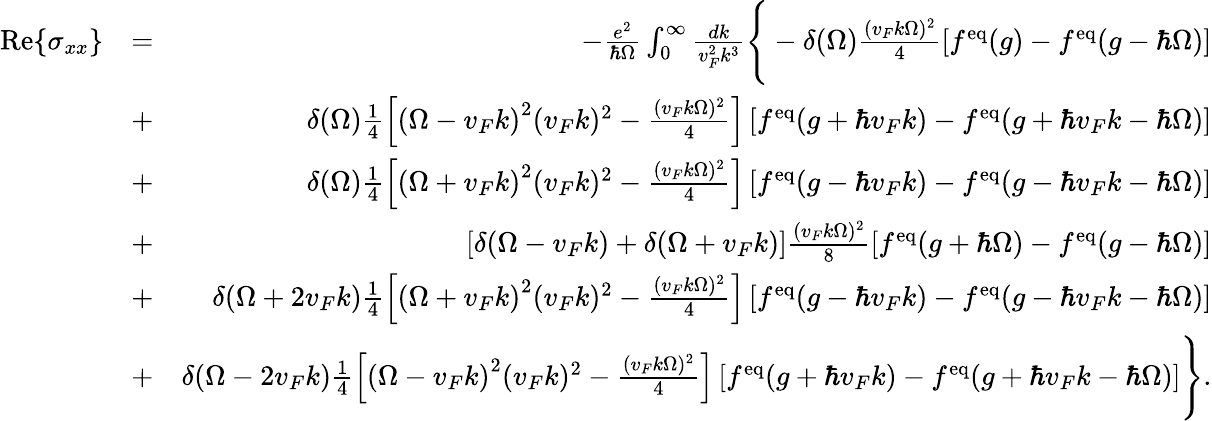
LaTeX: \begin{array}{rlr}{\mathrm{Re}{\left\{ \sigma_{xx}\right\} }}&{=}&{-\frac{e^{2}}{\hbar\Omega}\int_{0}^{\infty}\frac{dk}{v_{F}^{2}k^{3}}\Bigg\{ -\delta(\Omega)\frac{(v_{F}k\Omega)^{2}}{4}\left[f^{\mathrm{eq}}(g)-f^{\mathrm{eq}}(g-\hbar\Omega)\right]}\\ &{+}&{\delta(\Omega)\frac{1}{4}\left[\left(\Omega-v_{F}k\right)^{2}(v_{F}k)^{2}-\frac{(v_{F}k\Omega)^{2}}{4}\right]\left[f^{\mathrm{eq}}(g+\hbar v_{F}k)-f^{\mathrm{eq}}(g+\hbar v_{F}k-\hbar\Omega)\right]}\\ &{+}&{\delta(\Omega)\frac{1}{4}\left[\left(\Omega+v_{F}k\right)^{2}(v_{F}k)^{2}-\frac{(v_{F}k\Omega)^{2}}{4}\right]\left[f^{\mathrm{eq}}(g-\hbar v_{F}k)-f^{\mathrm{eq}}(g-\hbar v_{F}k-\hbar\Omega)\right]}\\ &{+}&{\left[\delta(\Omega-v_{F}k)+\delta(\Omega+v_{F}k)\right]\frac{(v_{F}k\Omega)^{2}}{8}\left[f^{\mathrm{eq}}(g+\hbar\Omega)-f^{\mathrm{eq}}(g-\hbar\Omega)\right]}\\ &{+}&{\delta(\Omega+2v_{F}k)\frac{1}{4}\left[\left(\Omega+v_{F}k\right)^{2}(v_{F}k)^{2}-\frac{(v_{F}k\Omega)^{2}}{4}\right]\left[f^{\mathrm{eq}}(g-\hbar v_{F}k)-f^{\mathrm{eq}}(g-\hbar v_{F}k-\hbar\Omega)\right]}\\ &{+}&{\delta(\Omega-2v_{F}k)\frac{1}{4}\left[\left(\Omega-v_{F}k\right)^{2}(v_{F}k)^{2}-\frac{(v_{F}k\Omega)^{2}}{4}\right]\left[f^{\mathrm{eq}}(g+\hbar v_{F}k)-f^{\mathrm{eq}}(g+\hbar v_{F}k-\hbar\Omega)\right]\Bigg\} .}\end{array}